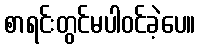
စာရင်းတွင်မပါဝင်ခဲ့ပေ။